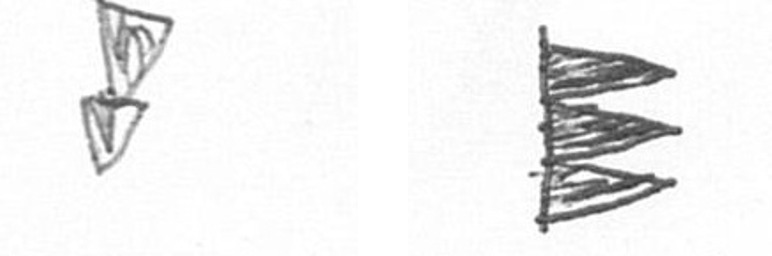
Z H